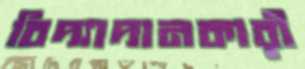
বিদ্যাদানকারী